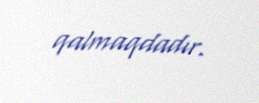
qalmaqdadır.